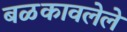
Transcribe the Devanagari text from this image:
बळकावलेले